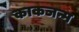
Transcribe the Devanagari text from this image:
काकजन्म